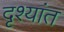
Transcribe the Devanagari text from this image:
दृश्यांत